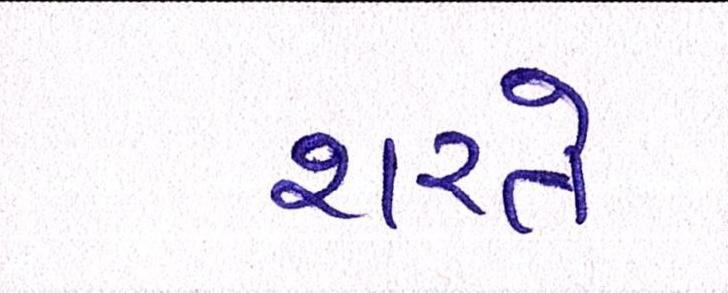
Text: શરતે